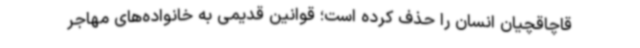
قاچاقچیان انسان را حذف کرده است؛‌ قوانین قدیمی به خانواده‌های مهاجر